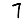
Digit: 7